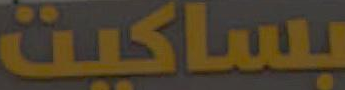
بساكيت